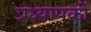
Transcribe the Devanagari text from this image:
प्रध्यापकों